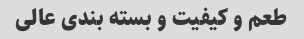
طعم و کیفیت و بسته بندی عالی